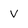
Character: V